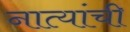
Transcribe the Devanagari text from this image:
नात्यांची